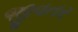
જીવતર